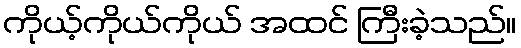
ကိုယ့်ကိုယ်ကိုယ် အထင် ကြီးခဲ့သည်။